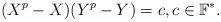
LaTeX: \begin{align*}(X^p-X)(Y^p-Y)=c, c \in \mathbb{F}^*.\end{align*}